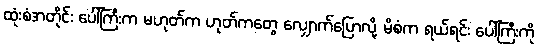
ထုံးစံအတိုင်း ပေါ်ကြီးက မဟုတ်က ဟုတ်ကတွေ လျှောက်ပြောလို့ မိစံက ရယ်ရင်း ပေါ်ကြီးကို